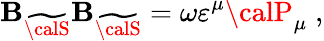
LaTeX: {\cal\mathbf{B}}_{\widetilde{{{\calS}}}}{\cal\mathbf{B}}_{\widetilde{{{\calS}}}}=\omega\varepsilon^{\mu}{\calP}_{\mu}\; ,